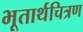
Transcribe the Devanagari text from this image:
भूतार्थचित्रण